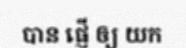
បាន ផ្ញើ ឲ្យ យក